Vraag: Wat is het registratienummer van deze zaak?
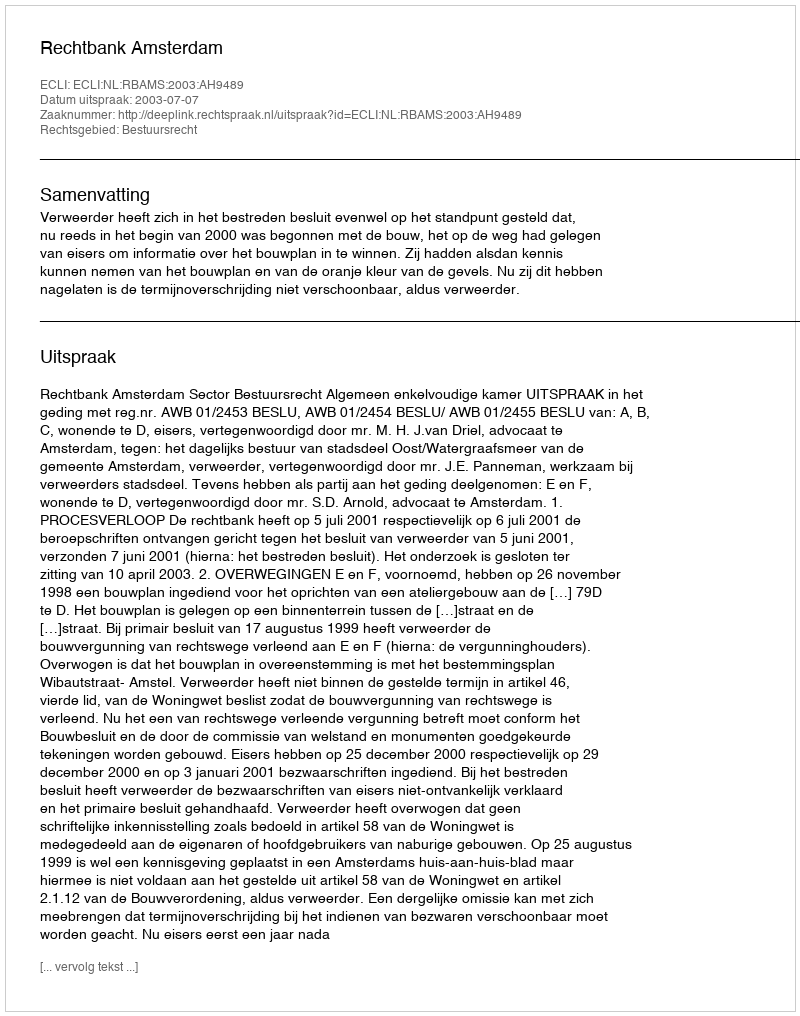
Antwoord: http://deeplink.rechtspraak.nl/uitspraak?id=ECLI:NL:RBAMS:2003:AH9489